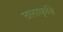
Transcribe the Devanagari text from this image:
तलाकृति